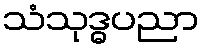
သံသုဒ္ဓပညာ